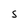
Character: S